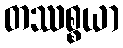
တဿစ္စယာ